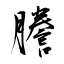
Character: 謄